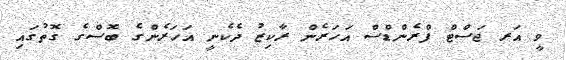
ވީ އަރ ޖަސްޓް ފްރެންޑްސް އަހަރެން ރާކިޒު ދެކެނީ އަހަރެންގެ ބޮސްގެ ގޮތުގައި